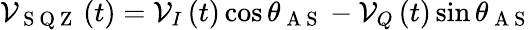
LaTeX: \mathcal{V}_{\mathrm{{~S~Q~Z~}}}\left(t\right)=\mathcal{V}_{I}\left(t\right)\cos\theta_{\mathrm{{~A~S~}}}-\mathcal{V}_{Q}\left(t\right)\sin\theta_{\mathrm{{~A~S~}}}